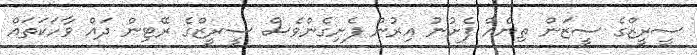
ސީރީޒްގެ ސީޒަން ތިނެއް ފެށުނު އިރުން ފެށިގެންވެސް ސީރީޒްގެ ރޭޓިން ދައް ވާހަކަތައް